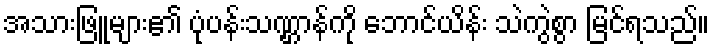
အသားဖြူများ၏ ပုံပန်းသဏ္ဌာန်ကို ဘောင်ယိန်း သဲကွဲစွာ မြင်ရသည်။